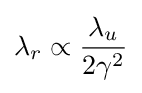
\lambda _{r}\propto {\frac {\lambda _{u}}{2\gamma ^{2}}}